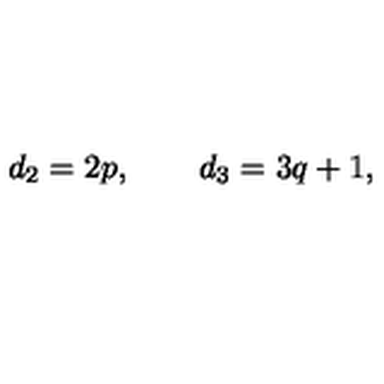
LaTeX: d _ { 2 } = 2 p , \qquad d _ { 3 } = 3 q + 1 ,